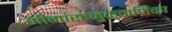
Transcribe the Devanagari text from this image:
मीमांसानुक्रमणिका